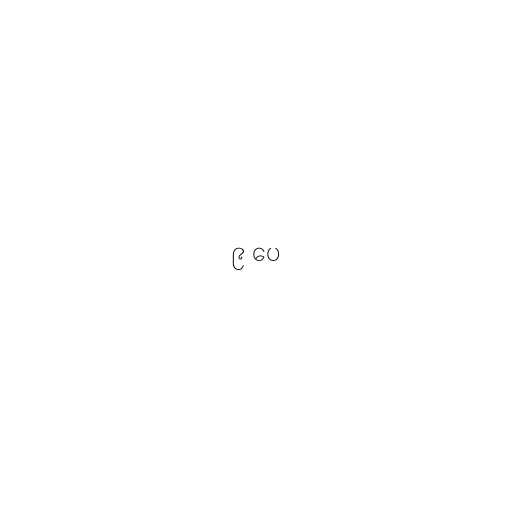
၉ ပေ